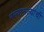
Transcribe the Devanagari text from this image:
भल्याभल्यांची